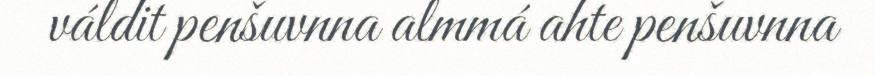
váldit penšuvnna almmá ahte penšuvnna